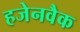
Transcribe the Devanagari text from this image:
हजेनवैक